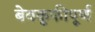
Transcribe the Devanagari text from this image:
बेवकूफीपूर्ण